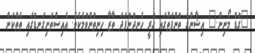
"ގުޑް މޯނިން." އިޝާންގެ ތުންފަތުގައި ހުރީ ހެނދުނުފަދަ ތާޒާ ހިނިތުންވުމެކެވެ. އެއިސްތަށިގަނޑުގައި ތެތްކަން